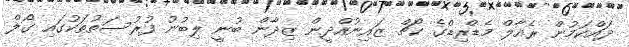
ދައްކަމުން ރެއާލް މެޑްރިޑްގެ ކޯޗް ޒައިނުއްދީން ޒިދާން ބުނީ ލިބުނު ފުރުސަތުތަކުގައި ގޯލް